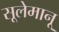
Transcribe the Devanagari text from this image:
सूलेमानू